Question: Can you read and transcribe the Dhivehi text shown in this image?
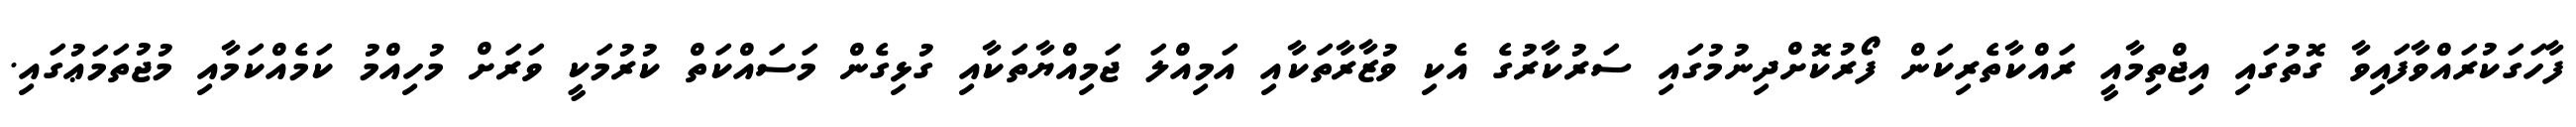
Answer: ފާހަގަކުރައްވާފައިވާ ގޮތުގައި އިޖްތިމާއީ ރައްކާތެރިކަން ފޯރުކޮށްދިނުމުގައި ސަރުކާރުގެ އެކި ވުޒާރާތަކާއި އަމިއްލަ ޖަމިއްޔާތަކާއި ގުޅިގެން މަސައްކަތް ކުރުމަކީ ވަރަށް މުހިއްމު ކަމެއްކަމާއި މުޖުތަމަޢުގައި.